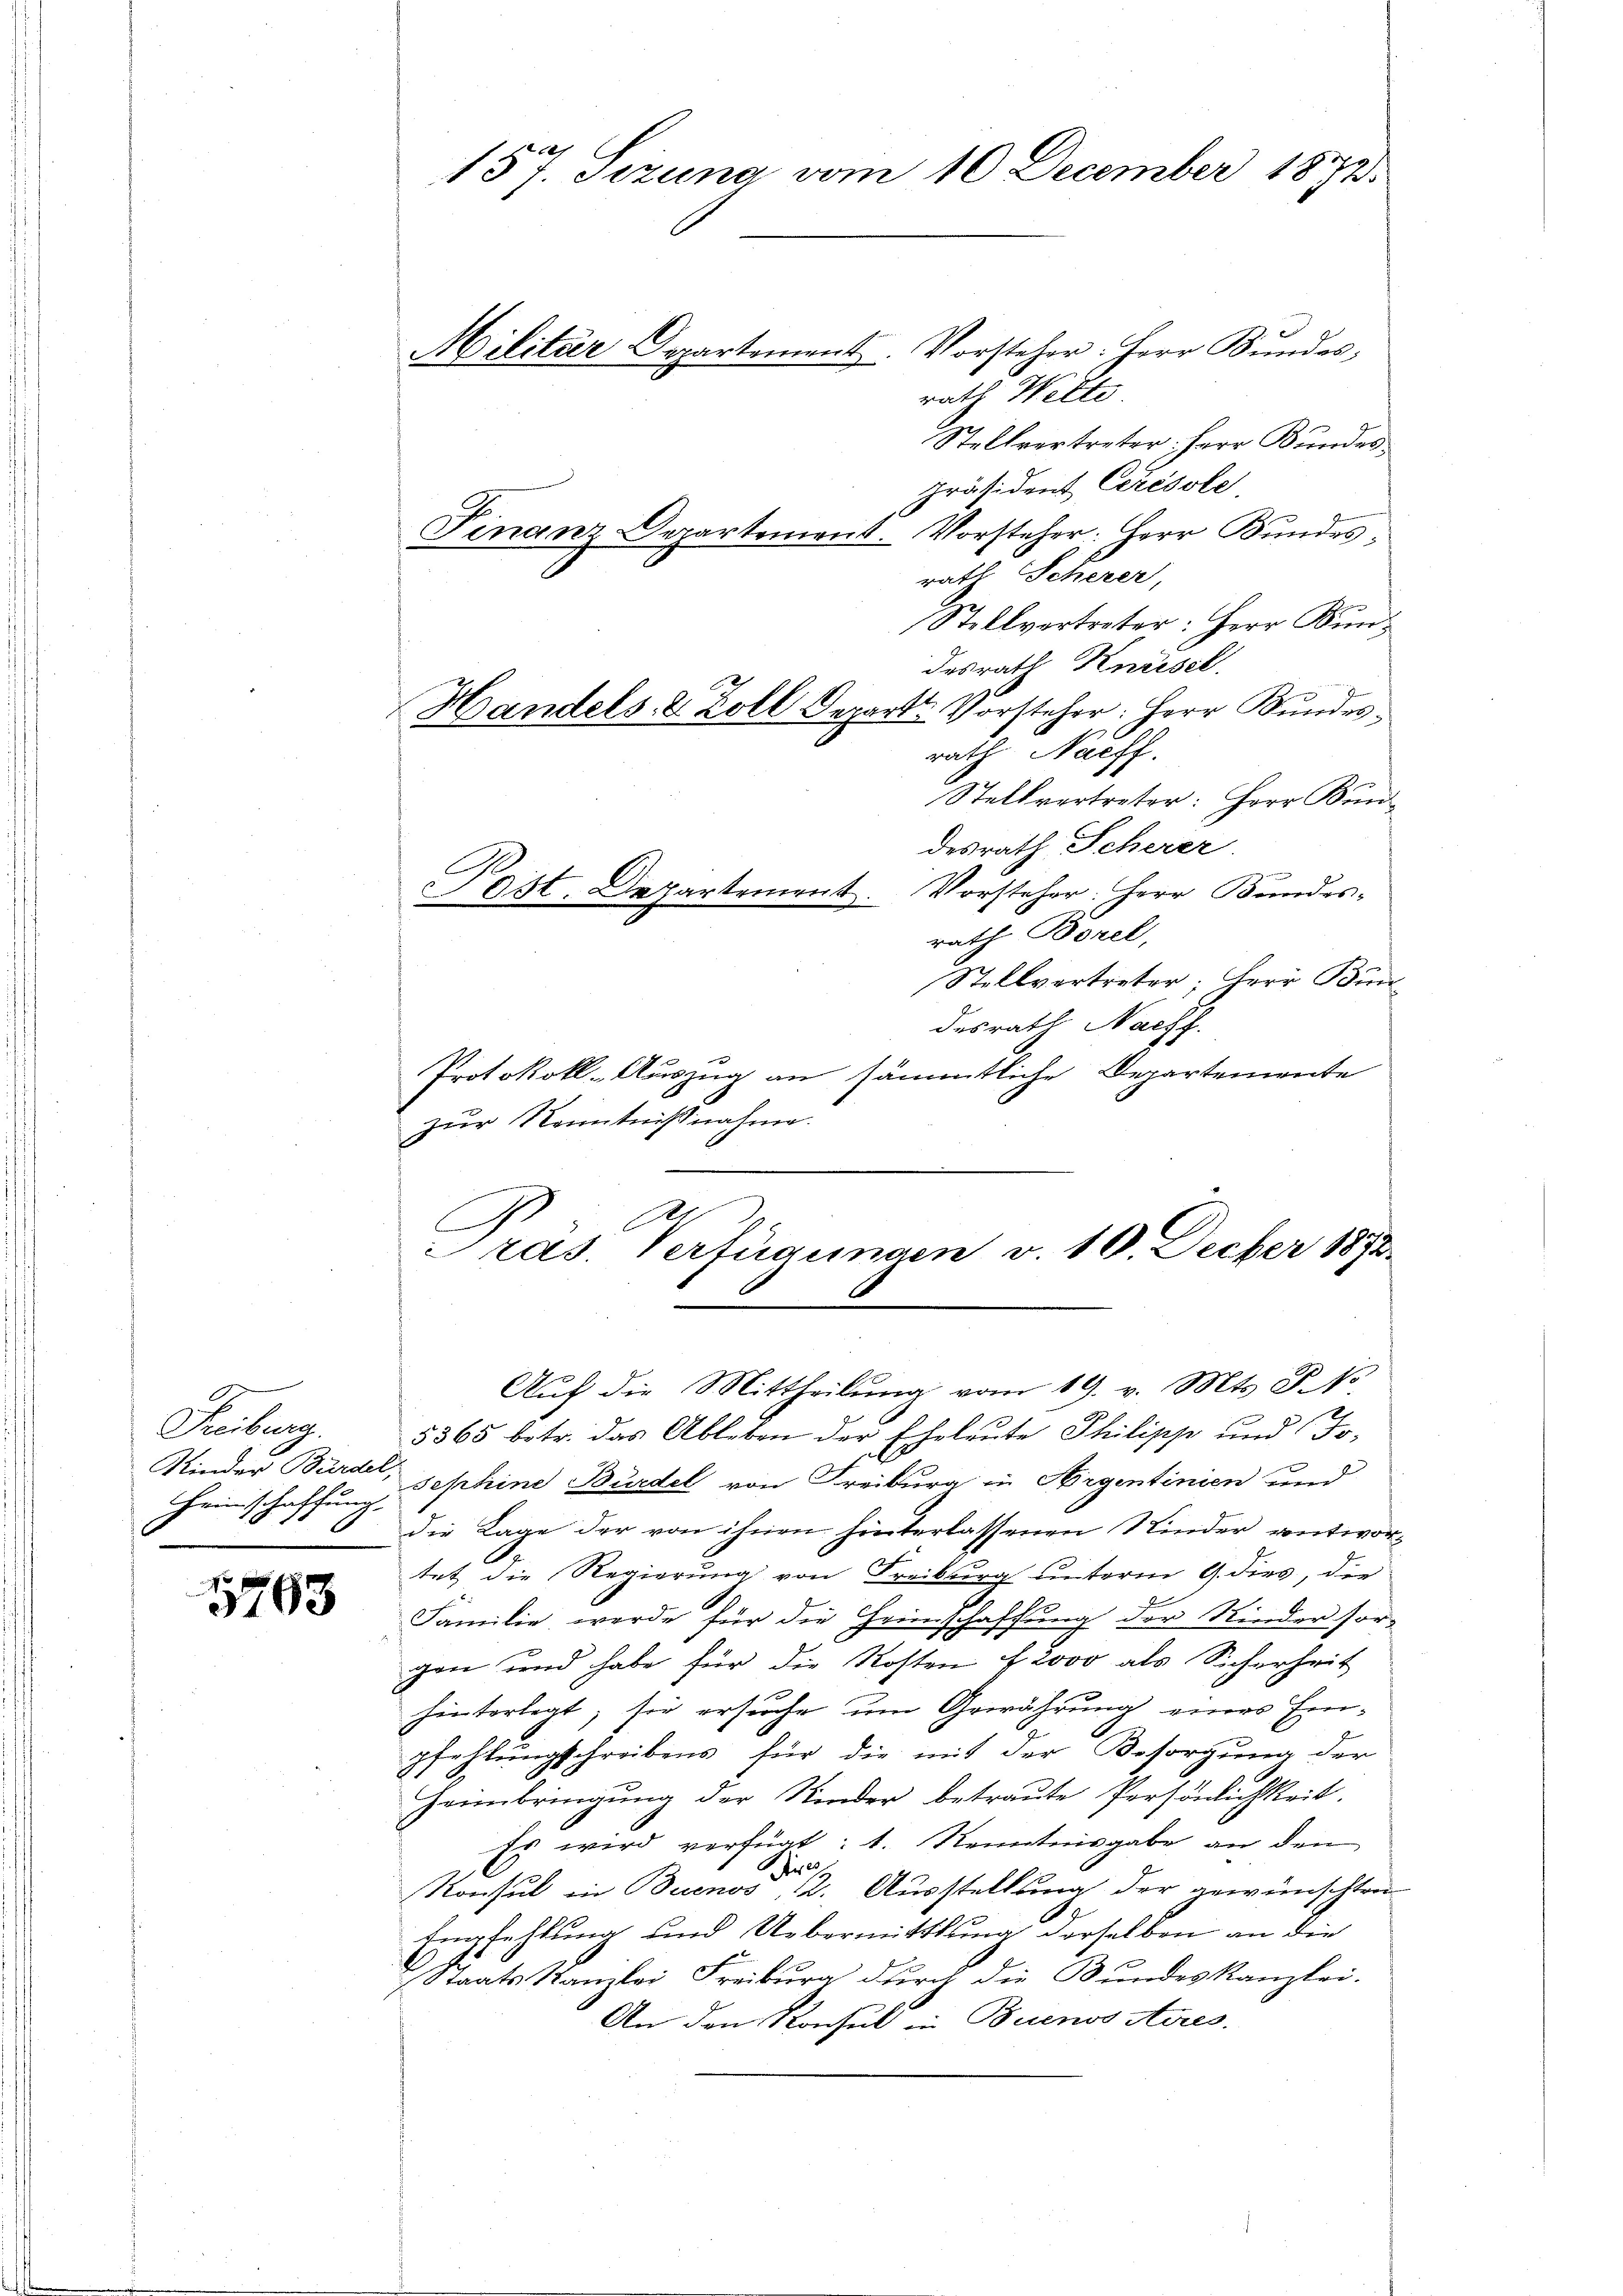
Freiburg.
Kinder Bürdel,
Heinschaffung
.

1793

157. Sizung vom 10 December 1873.

Militar Departement. Vorsteher: Herr Bŭndes;
rath Welte
Stellvertreter: Herr Bundespräsident Ceresole
Vorsteher: Herr Bundesrath Scherer,
Stellvertreter: Herr Kündesrath Kniesel
rath Nachf
Stellvertreter: Herr Bundesrath Scherer
Post. Departement. Vorsteher: Herr Bundes-
rath Borel,
Stellvertreter; Herr Bundesrath Nachf
Protokoll-Auszug an sämmtliche Departemente
zur Kenntnißnahme.
.
At
ras. Verfügungen v. 10. Decber 1892
Auf die Mittheilung vom 19. v. Mts. S. 1
5365 betr. das Ableben der Eheleute Philipp und To-
sephine Burdel von Freiburg in Argentinien und
die Lage der von ihnen hinterlassenen Kinder entwortet die Regierung von Freiburg unterm 9. dies, die
Familie werde für die Heimschaffung der Kinder sorgen und habe für die Kosten 2. 2000 als Sicherheit
hinterlegt, sie ersuche um Gewährung eines Einpfehlungschreibens für die mit der Besorgung der
Heimbringung der Kinder betraute Persönlichkeit.
Es wird verfügt: 1. Kenntnisgabe an den
i
Konsul in Buenos 22. Ausstellung der gewünschten
Empfehlung und Uebermittlung derselben an die
Staats-Kanzlei Freiburg durch die Bundeskanzlei.
An den Konsul in Buenos Aires.

Finanz-Departement.

Handels- & Zoll Depart. Vorsteher: Herr Bundes¬